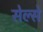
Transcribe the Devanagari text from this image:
सेल्से